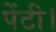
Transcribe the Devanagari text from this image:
पेंटी।